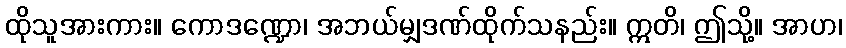
ထိုသူအားကား။ ကောဒဏ္ဍော၊ အဘယ်မျှဒဏ်ထိုက်သနည်း။ ဣတိ၊ ဤသို့။ အာဟ၊